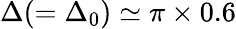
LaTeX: \Delta(=\Delta_{0})\simeq\pi\times 0.6